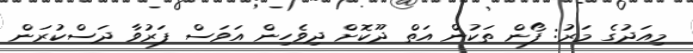
މިއަދުގެ މަރު: ފޯން ތަކުން އަތް ދޫކޮށް ދިވެހިން އަވަސް ފަރުވާ ދަސްކުރަން